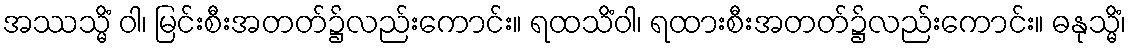
အဿသ္မိံ ဝါ၊ မြင်းစီးအတတ်၌လည်းကောင်း။ ရထသိံဝါ၊ ရထားစီးအတတ်၌လည်းကောင်း။ ဓနုသ္မိံ၊